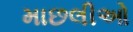
માછલીઓ